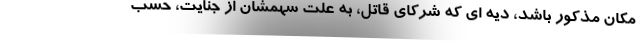
مکان مذکور باشد، دیه ای که شرکای قاتل، به علت سهمشان از جنایت، حسب